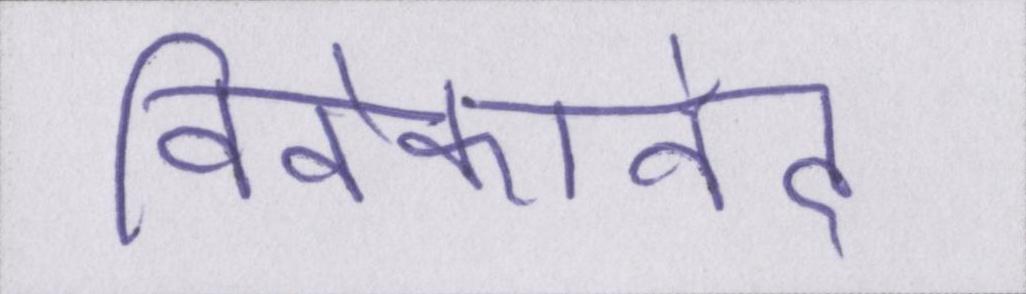
विवेकानंद